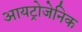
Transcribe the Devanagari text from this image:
आयट्रोजेनिक